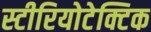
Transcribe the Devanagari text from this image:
स्टीरियोटेक्टिक